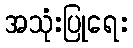
အသုံးပြုရေး